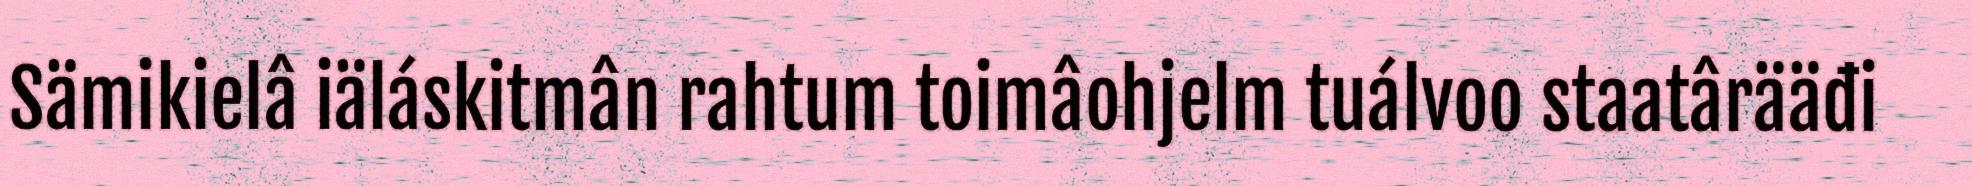
Sämikielâ iäláskitmân rahtum toimâohjelm tuálvoo staatârääđi